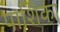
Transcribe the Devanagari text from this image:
पाशिका